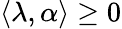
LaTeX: \langle\lambda,\alpha\rangle\geq 0